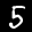
Digit: 5